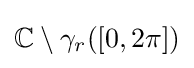
\mathbb {C} \setminus \gamma _{r}([0,2\pi ])